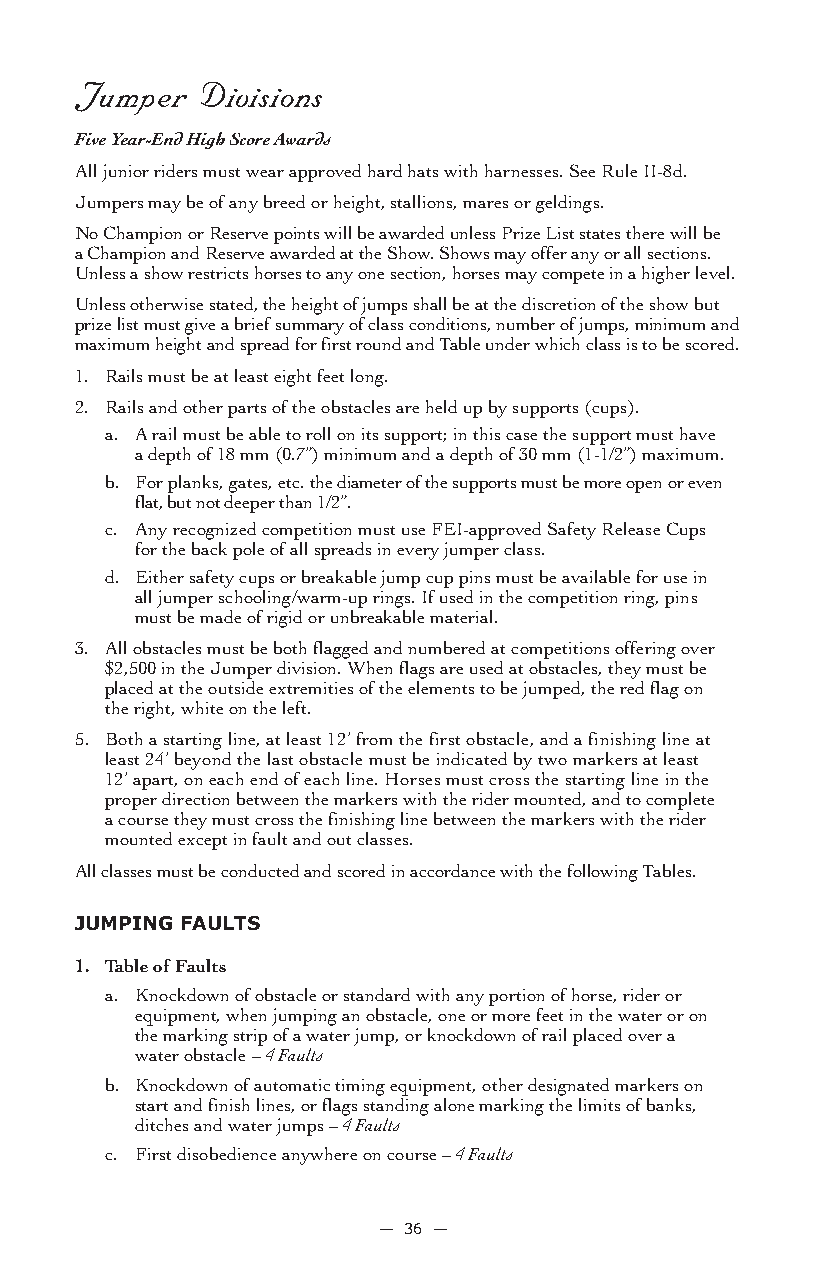
Jumper  Divisions
 Five Year-End High Score Awards
 All junior riders must wear approved hard hats with harnesses. See Rule II-8d.
 Jumpers may be of any breed or height, stallions, mares or geldings.
 No Champion or Reserve points will be awarded unless Prize List states there will be
 a Champion and Reserve awarded at the Show. Shows may offer any or all sections.
 Unless a show restricts horses to any one section, horses may compete in a higher level.
 Unless otherwise stated, the height of jumps shall be at the discretion of the show but
 prize list must give a brief summary of class conditions, number of jumps, minimum and
 maximum height and spread for first round and Table under which class is to be scored.
 1. Rails must be at least eight feet long.
 2. Rails and other parts of the obstacles are held up by supports (cups).
 a. A rail must be able to roll on its support; in this case the support must have
 a depth of 18 mm (0.7”) minimum and a depth of 30 mm (1-1/2”) maximum.
 b. For planks, gates, etc. the diameter of the supports must be more open or even
 flat, but not deeper than 1/2”.
 c. Any recognized competition must use FEI-approved Safety Release Cups
 for the back pole of all spreads in every jumper class.
 d. Either safety cups or breakable jump cup pins must be available for use in
 all jumper schooling/warm-up rings. If used in the competition ring, pins
 must be made of rigid or unbreakable material.
 3. All obstacles must be both flagged and numbered at competitions offering over
 $2,500 in the Jumper division. When flags are used at obstacles, they must be
 placed at the outside extremities of the elements to be jumped, the red flag on
 the right, white on the left.
 5. Both a starting line, at least 12’ from the first obstacle, and a finishing line at
 least 24’ beyond the last obstacle must be indicated by two markers at least
 12’ apart, on each end of each line. Horses must cross the starting line in the
 proper direction between the markers with the rider mounted, and to complete
 a course they must cross the finishing line between the markers with the rider
 mounted except in fault and out classes.
 All classes must be conducted and scored in accordance with the following Tables.
 JUMPinG faULTs
 1. Table of Faults
 a. Knockdown of obstacle or standard with any portion of horse, rider or
 equipment, when jumping an obstacle, one or more feet in the water or on
 the marking strip of a water jump, or knockdown of rail placed over a
 water obstacle – 4 Faults
 b. Knockdown of automatic timing equipment, other designated markers on
 start and finish lines, or flags standing alone marking the limits of banks,
 ditches and water jumps – 4 Faults
 c. First disobedience anywhere on course – 4 Faults
 — 36 —